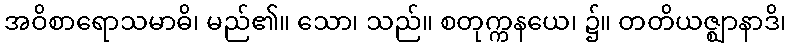
အဝိစာရောသမာဓိ၊ မည်၏။ သော၊ သည်။ စတုက္ကနယေ၊ ၌။ တတိယဇ္ဈာနာဒိ၊